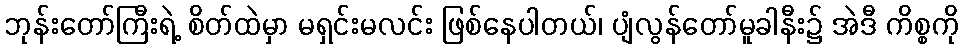
ဘုန်းတော်ကြီးရဲ့ စိတ်ထဲမှာ မရှင်းမလင်း ဖြစ်နေပါတယ်၊ ပျံလွန်တော်မူခါနီး၌ အဲဒီ ကိစ္စကို